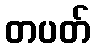
တပတ်